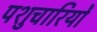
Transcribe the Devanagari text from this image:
पशुचारियों